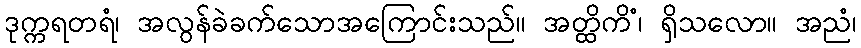
ဒုက္ကရတရံ၊ အလွန်ခဲခက်သောအကြောင်းသည်။ အတ္ထိကိံ၊ ရှိသလော။ အညံ၊